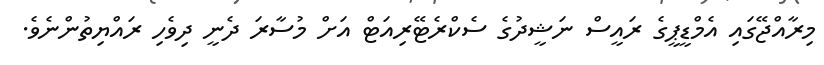
މިރާއްޖޭގައި އެމްޑީޕީގެ ރައީސް ނަޝީދުގެ ސެކްރެޓޭރިއަޓް އަށް މުސާރަ ދެނީ ދިވެހި ރައްޔިތުންނެވެ.